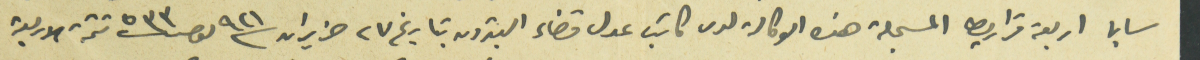
سابا اربعة قراريط المسجلة هذه الوكالة لدى كاتب عدل قضاء البترون بتاريخ ٢٧ حزيران سنة ٩٢١ نمرو ٥٣٣ تتمة الاربعة